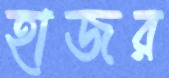
হাজর